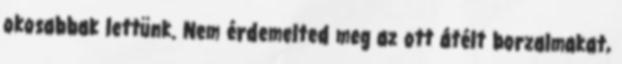
okosabbak lettünk. Nem érdemelted meg az ott átélt borzalmakat,